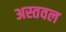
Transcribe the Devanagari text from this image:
अस्तवल